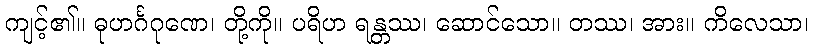
ကျင့်၏။ ဓုဟင်္ဂဂုဏေ၊ တို့ကို။ ပရိဟ ရန္တဿ၊ ဆောင်သော။ တဿ၊ အား။ ကိလေသာ၊